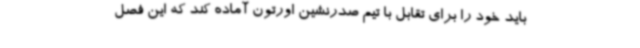
باید خود را برای تقابل با تیم صدرنشین اورتون آماده کند که این فصل